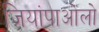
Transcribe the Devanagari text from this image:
जियांपाओलो